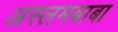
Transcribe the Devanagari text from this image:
अस्लमबाबा